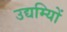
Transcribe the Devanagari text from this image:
उद्यम्यिों